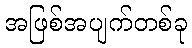
အဖြစ်အပျက်တစ်ခု